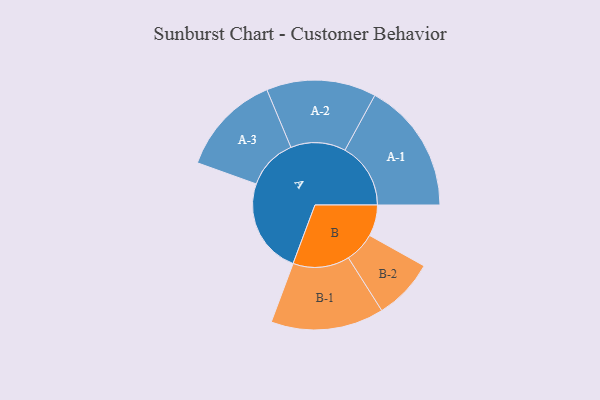
{"axis": {"x": "Segment", "y": "Value"}, "legend": ["", "A", "B"], "data": [{"x": "A", "y": 407, "type": ""}, {"x": "B", "y": 133, "type": ""}, {"x": "A-1", "y": 280, "type": "A"}, {"x": "A-2", "y": 234, "type": "A"}, {"x": "A-3", "y": 217, "type": "A"}, {"x": "B-1", "y": 241, "type": "B"}, {"x": "B-2", "y": 130, "type": "B"}]}